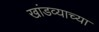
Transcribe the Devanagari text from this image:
खांडव्याच्या